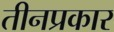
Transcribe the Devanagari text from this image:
तीनप्रकार